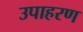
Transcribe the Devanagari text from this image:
उपाहरण